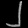
Digit: ၂